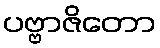
ပဗ္ဗာဇိတော